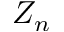
Z _ { n }